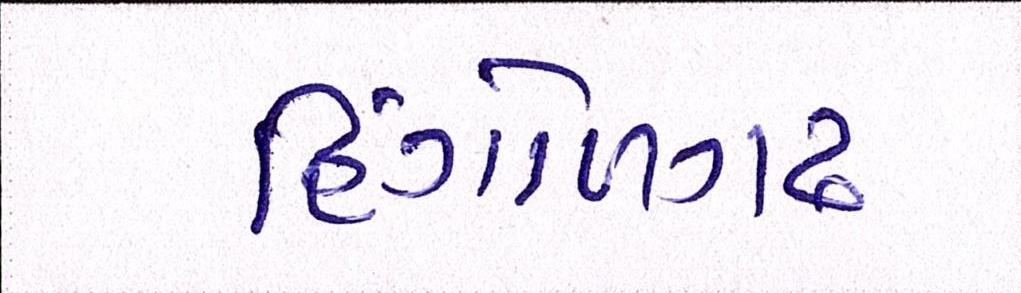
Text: હિંગોળગઢ